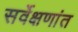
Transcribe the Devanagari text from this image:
सर्वेक्षणांत